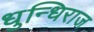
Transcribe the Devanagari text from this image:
धुन्धिराज